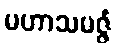
မဟာသမဇ္ဇံ